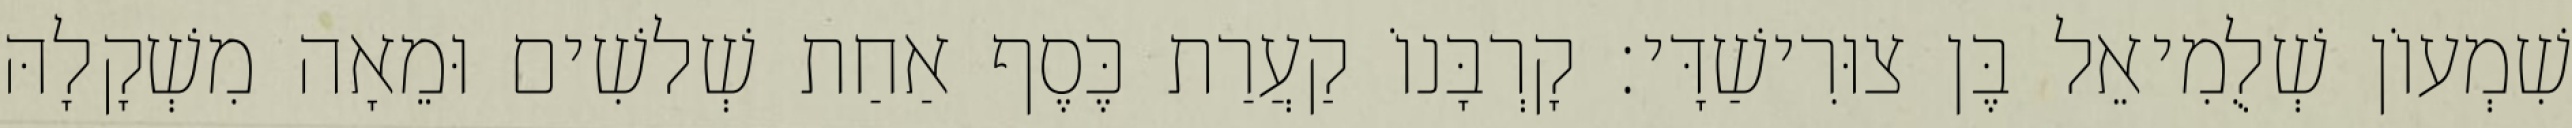
שִׁמְעוֹן שְׁלֻמִיאֵל בֶּן צוּרִישַׁדָּי׃ קָרְבָּנוֹ קַעֲרַת כֶּסֶף אַחַת שְׁלשִׁים וּמֵאָה מִשְׁקָלָהּ